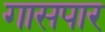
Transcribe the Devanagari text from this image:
गासपार